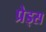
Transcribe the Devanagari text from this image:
प्रेड्स